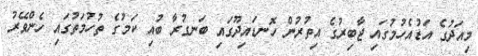
މިއަދުގެ އަޑުއެހުމުގައި ޖާބިރުގެ އިތުރުން ހޮނޑައިދޫގައި ބަނގުރާ ބުއި ކަމުގެ ތުހުމަތުގައި ހެންވޭރު